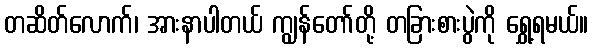
တဆိတ်လောက်၊ အားနာပါတယ် ကျွန်တော်တို့ တခြားစားပွဲကို ရွှေ့ရမယ်။